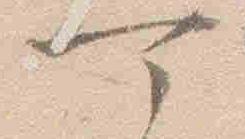
可